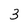
Character: 3